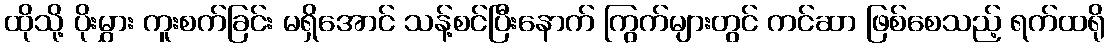
ထိုသို့ ပိုးမွှား ကူးစက်ခြင်း မရှိအောင် သန့်စင်ပြီးနောက် ကြွက်များတွင် ကင်ဆာ ဖြစ်စေသည့် ရက်ထရို